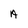
Character: A